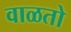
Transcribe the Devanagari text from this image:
वाळतो